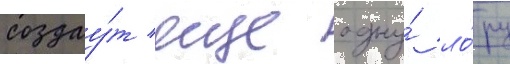
создау́т еще одну́ ло́ру